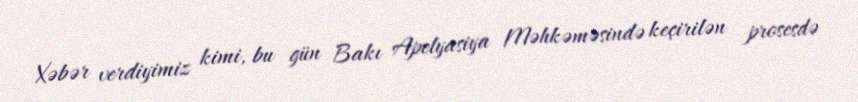
Xəbər verdiyimiz kimi, bu gün Bakı Apelyasiya Məhkəməsində keçirilən prosesdə